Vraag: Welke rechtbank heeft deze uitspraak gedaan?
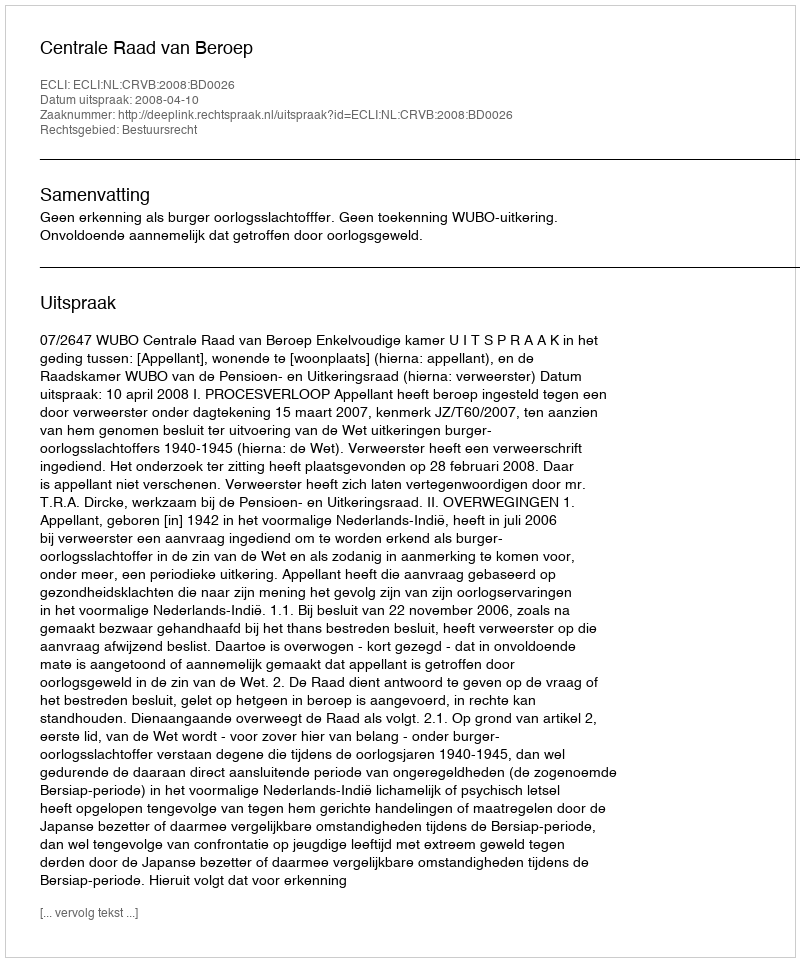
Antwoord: Centrale Raad van Beroep